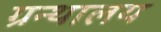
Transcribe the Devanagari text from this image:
ग्रन्‍थालय